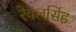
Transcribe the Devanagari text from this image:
रेवलसिंह